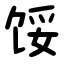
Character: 馁